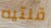
قلتيه